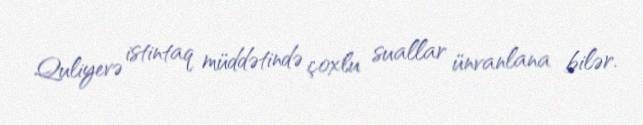
Quliyevə istintaq müddətində çoxlu suallar ünvanlana bilər.